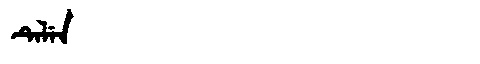
Manchu: ᡨᡝᠯᡝᠨ
Romanization: TELEN